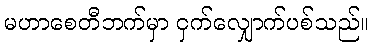
မဟာစေတီဘက်မှာ ငှက်လျှောက်ပစ်သည်။